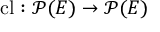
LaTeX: \operatorname { c l } : { \mathcal { P } } ( E ) \to { \mathcal { P } } ( E )